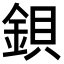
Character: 鋇